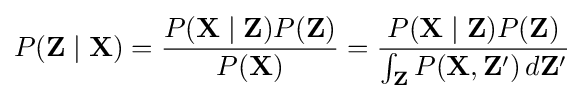
P(\mathbf {Z} \mid \mathbf {X} )={\frac {P(\mathbf {X} \mid \mathbf {Z} )P(\mathbf {Z} )}{P(\mathbf {X} )}}={\frac {P(\mathbf {X} \mid \mathbf {Z} )P(\mathbf {Z} )}{\int _{\mathbf {Z} }P(\mathbf {X} ,\mathbf {Z} ')\,d\mathbf {Z} '}}